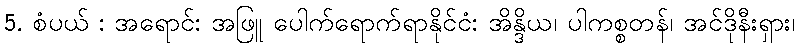
5. စံပယ် : အရောင်: အဖြူ ပေါက်ရောက်ရာနိုင်ငံ: အိန္ဒိယ၊ ပါကစ္စတန်၊ အင်ဒိုနီးရှား၊